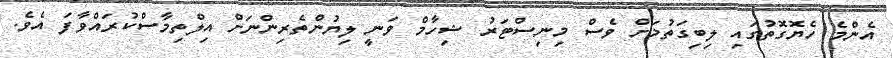
އެންމެ ހެޔޮގޮތުގައި ލިބިގަތުމަށް ވެސް މިނިސްޓަރު ޝިހާމް ވަނީ ލިޔުންތެރިންނަށް އިލްތިމާސްކުރައްވާފަ އެވެ.